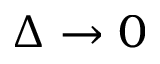
\Delta \rightarrow 0